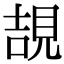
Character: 𧠯